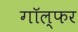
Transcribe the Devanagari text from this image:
गॉल्फर